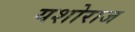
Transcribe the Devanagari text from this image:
यशोराज